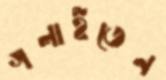
গলাইতেন